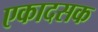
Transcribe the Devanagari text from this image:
एकादसक